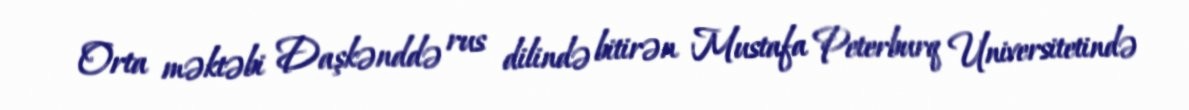
Orta məktəbi Daşkənddə rus dilində bitirən Mustafa Peterburq Universitetində